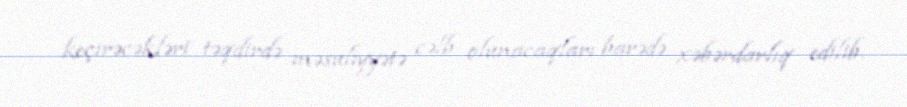
keçirəcəkləri təqdirdə məsuliyyətə cəlb olunacaqları barədə xəbərdarlıq edilib.